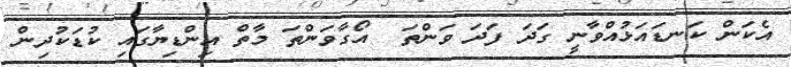
އެކަން ކަނޑައަޅުއްވާނީ ގަދަ ފަދަ ވަންތަ  އޯގާވަންތަ މާތް އިންޑިޔާގައި ކުޑަކުދިން